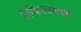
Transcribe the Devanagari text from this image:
त्रैलोक्यरक्षाकरी